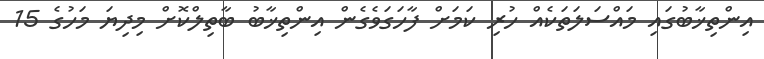
އިންތިޚާބުގައި މައްސަލަތަކެއް ހުރި ކަމަށް ފާހަގަވެގެން އިންތިޚާބު ބާތިލްކޮށް މިދިޔަ މަހުގެ 15